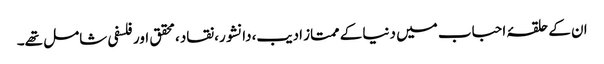
ان کے حلقۂ احباب میں دنیا کے ممتاز ادیب،دانشور،نقاد،محقق اور فلسفی شامل تھے۔